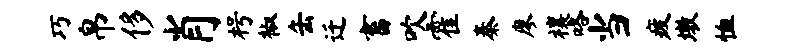
巧帛侈肖枵椒缶迁畜吹霍秦廖禳咯当疲墩恤